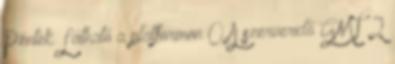
Péntek Látható a platformon 0 A szerveridő GMT 2